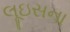
લૂઇસના